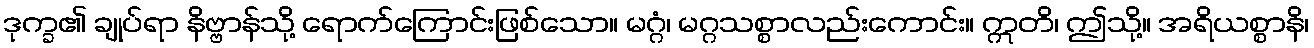
ဒုက္ခ၏ ချုပ်ရာ နိဗ္ဗာန်သို့ ရောက်ကြောင်းဖြစ်သော။ မဂ္ဂံ၊ မဂ္ဂသစ္စာလည်းကောင်း။ ဣတိ၊ ဤသို့။ အရိယစ္စာနိ၊